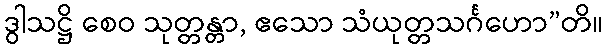
ဒွါသဋ္ဌိ စေဝ သုတ္တန္တာ, ဧသော သံယုတ္တသင်္ဂဟော”တိ။